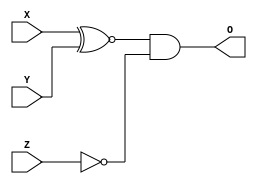
`timescale 1ns / 1ps
module Func2_module(O,X,Y,Z);
input X,Y,Z;
output O;
assign O = (X ^~ Y) &~ Z;
endmodule